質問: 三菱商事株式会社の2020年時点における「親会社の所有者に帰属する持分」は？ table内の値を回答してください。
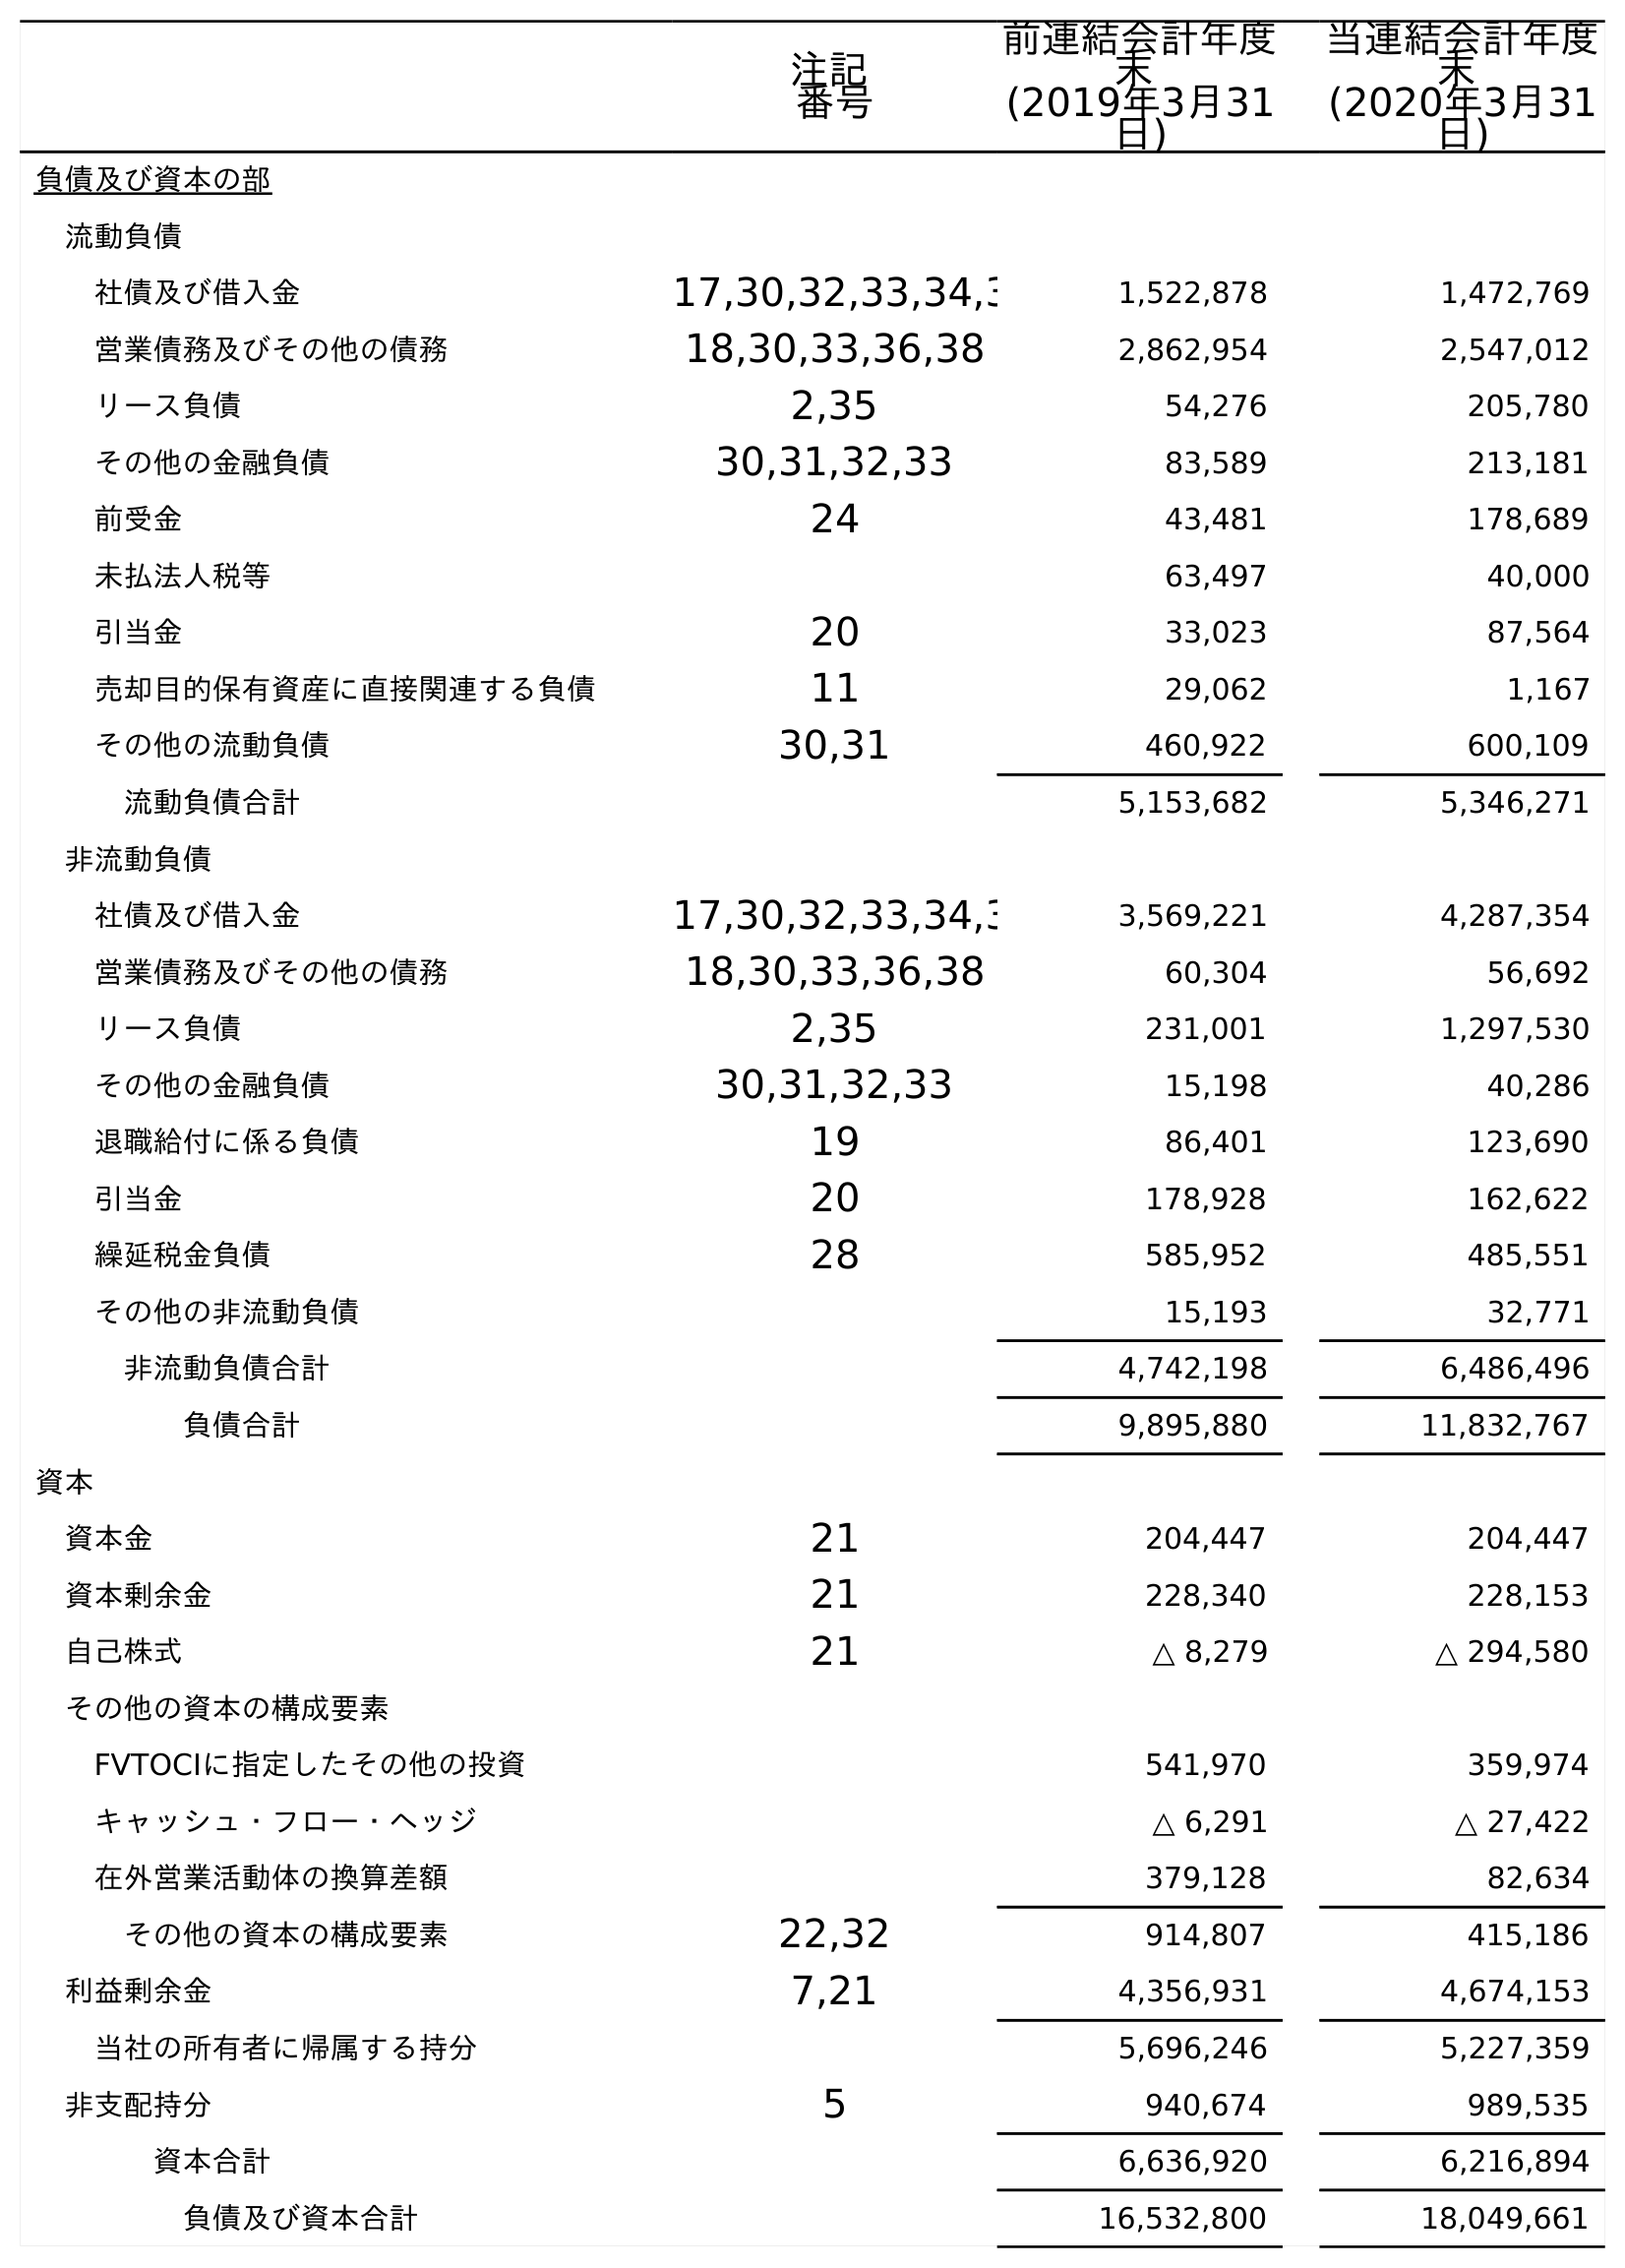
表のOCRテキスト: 注記 番号 前連結会計年度 末 (2019年3月31 日) 当連結会計年度 末 (2020年3月31 日) 負債及び資本の部 流動負債 社債及び借入金 17,30,32,33,34,3 1,522,878 1,472,769 営業債務及びその他の債務 18,30,33,36,38 2,862,954 2,547,012 リース負債 2,35 54,276 205,780 その他の金融負債 30,31,32,33 83,589 213,181 前受金 24 43,481 178,689 未払法人税等 63,497 40,000 引当金 20 33,023 87,564 売却目的保有資産に直接関連する負債 11 29,062 1,167 その他の流動負債 30,31 460,922 600,109 流動負債合計 5,153,682 5,346,271 非流動負債 社債及び借入金 17,30,32,33,34,3 3,569,221 4,287,354 営業債務及びその他の債務 18,30,33,36,38 60,304 56,692 リース負債 2,35 231,001 1,297,530 その他の金融負債 30,31,32,33 15,198 40,286 退職給付に係る負債 19 86,401 123,690 引当金 20 178,928 162,622 繰延税金負債 28 585,952 485,551 その他の非流動負債 15,193 32,771 非流動負債合計 4,742,198 6,486,496 負債合計 9,895,880 11,832,767 資本 資本金 21 204,447 204,447 資本剰余金 21 228,340 228,153 自己株式 21 △ 8,279 △ 294,580 その他の資本の構成要素 FVTOCIに指定したその他の投資 541,970 359,974 キャッシュ・フロー・ヘッジ △ 6,291 △ 27,422 在外営業活動体の換算差額 379,128 82,634 その他の資本の構成要素 22,32 914,807 415,186 利益剰余金 7,21 4,356,931 4,674,153 当社の所有者に帰属する持分 5,696,246 5,227,359 非支配持分 5 940,674 989,535 資本合計 6,636,920 6,216,894 負債及び資本合計 16,532,800 18,049,661
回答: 5,227,359